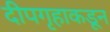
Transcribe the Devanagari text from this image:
दीपगृहाकडून